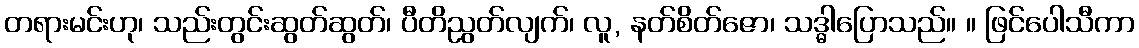
တရားမင်းဟု၊ သည်းတွင်းဆွတ်ဆွတ်၊ ပီတိညွတ်လျက်၊ လူ, နတ်စိတ်ဇော၊ သဒ္ဓါပြောသည်။ ။ ဖြင်ပေါသီကာ